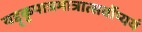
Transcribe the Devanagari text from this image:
यद्दृकृपात्रमात्रात्सर्वोप्ययं